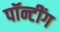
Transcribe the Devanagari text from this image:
पॉन्टींग